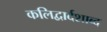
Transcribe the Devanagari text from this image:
कलिद्वार्दशाब्द